Lunatic asylums Central Provinces reports 1910-1926 - 1910-1926
Year: 1910
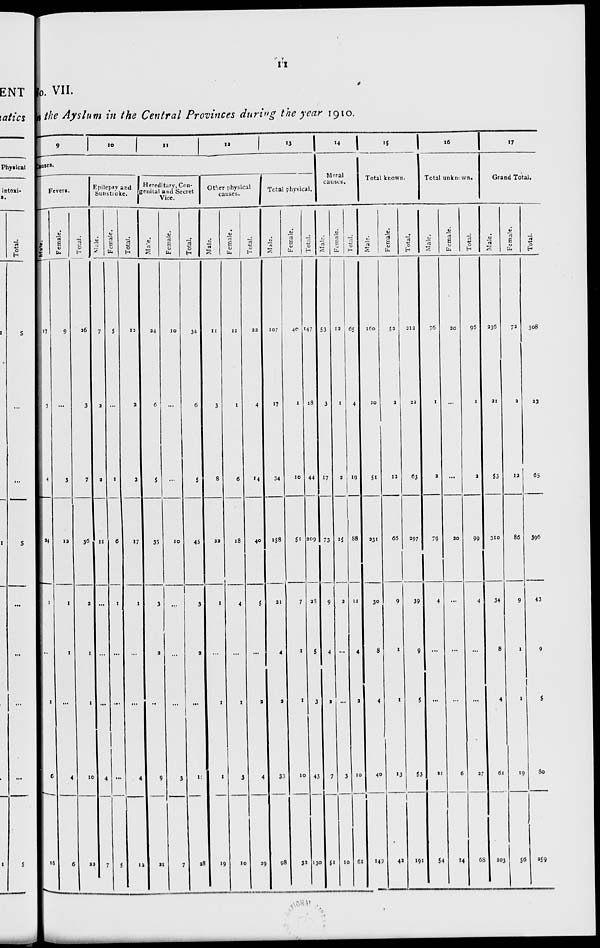
11
No. VII.
in the Ayslum in the Central Provinces during the year 1910.
9
10
11
12
13
Causes.
Fevers.
Male.
17
3
4
24
1
...
1
6
16
Female.
9
...
3
12
1
1
...
4
6
Total.
26
3
7
36
2
1
1
10
22
Epilepsy and
Sunstroke.
Male.
7
2
2
11
...
...
...
4
7
Female.
5
...
1
6
1
...
...
...
5
Total.
12
2
3
17
1
...
...
4
12
Hereditary, Con-
genital and Secret
Vice.
Male.
24
6
5
35
3
2
...
9
21
Female.
10
...
...
10
...
...
...
3
7
Total.
34
6
5
45
3
2
...
12
28
Other physical
causes.
Male.
11
3
8
22
1
...
1
1
19
Female.
11
1
6
18
4
...
1
3
10
Total.
22
4
14
40
5
...
2
4
29
Total physical.
Male.
107
17
34
158
21
4
2
33
98
Female.
40
1
10
51
7
1
1
10
32
Total.
147
18
44
209
28
5
3
43
130
14
Moral
causes.
Male.
53
3
17
73
9
4
2
7
51
Female.
12
1
2
15
2
...
...
3
10
Total.
65
4
19
88
11
4
2
10
61
15
Total known.
Male.
160
20
51
231
30
8
4
40
149
Female.
52
3
12
66
9
1
1
13
42
Total.
212
23
63
297
39
9
5
53
191
16
Total unknown.
Male.
76
1
2
79
4
...
...
21
54
Female.
20
...
...
20
...
...
...
6
14
Total.
96
1
2
99
4
...
...
27
68
17
Grand Total.
Male.
236
21
53
310
34
8
4
61
203
Female.
72
2
12
86
9
1
1
19
56
Total.
308
23
65
396
43
9
5
80
259